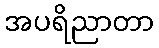
အပရိညာတာ